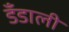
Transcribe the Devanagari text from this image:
डँडाली